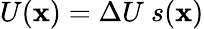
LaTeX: U(\mathbf{x})=\Delta U\ s(\mathbf{x})